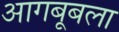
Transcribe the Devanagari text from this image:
आगबूबला